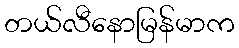
တယ်လီနောမြန်မာက